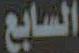
السابع